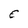
Character: E